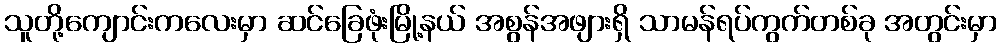
သူတို့ကျောင်းကလေးမှာ ဆင်ခြေဖုံးမြို့နယ် အစွန်အဖျားရှိ သာမန်ရပ်ကွက်တစ်ခု အတွင်းမှာ